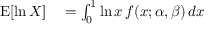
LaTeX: \begin{array} { r l } { \operatorname { E } [ \ln X ] } & { { } = \int _ { 0 } ^ { 1 } \ln x \, f ( x ; \alpha , \beta ) \, d x } \end{array}